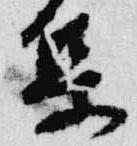
集